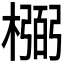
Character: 𰘰